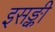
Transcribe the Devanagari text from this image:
इसङ्की